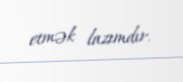
etmək lazımdır.